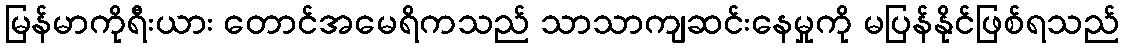
မြန်မာကိုရီးယား တောင်အမေရိကသည် သာသာကျဆင်းနေမှုကို မပြန်နိုင်ဖြစ်ရသည်